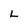
Character: L